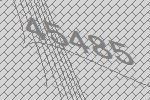
45485